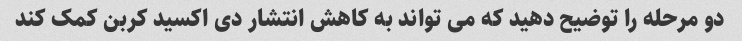
دو مرحله را توضیح دهید که می تواند به کاهش انتشار دی اکسید کربن کمک کند